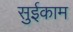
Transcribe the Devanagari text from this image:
सुईकाम